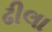
ઢીલા